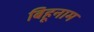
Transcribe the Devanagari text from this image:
बिहूनाम